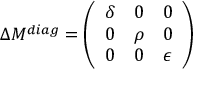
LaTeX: \Delta M ^ { d i a g } = \left( \begin{array} { c c c } { { \delta } } & { { 0 } } & { { 0 } } \\ { { 0 } } & { { \rho } } & { { 0 } } \\ { { 0 } } & { { 0 } } & { { \epsilon } } \end{array} \right) ~ ~ ~ ~